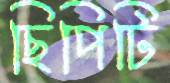
ছিপিটি